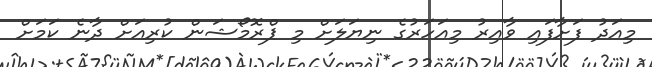
މިއަދު ފަށާފައި ވާއިރު މިއަހަރުގެ ނިޔަލަށް މި ޕްރޮމޯޝަން ކުރިއަށް ދާނެ ކަމަށް